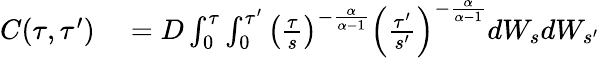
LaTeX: \begin{array}{rl}{C(\tau,\tau^{\prime})}&{{}=D\int_{0}^{\tau}\int_{0}^{\tau^{\prime}}\left(\frac{\tau}{s}\right)^{-\frac{\alpha}{\alpha-1}}\left(\frac{\tau^{\prime}}{s^{\prime}}\right)^{-\frac{\alpha}{\alpha-1}}dW_{s}dW_{s^{\prime}}}\end{array}